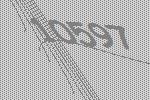
10597